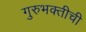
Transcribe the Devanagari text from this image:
गुरुभक्तीची